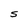
Character: S